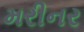
મરીનર